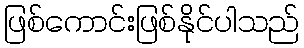
ဖြစ်ကောင်းဖြစ်နိုင်ပါသည်